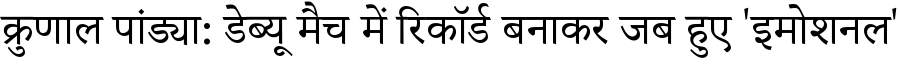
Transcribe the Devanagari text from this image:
क्रुणाल पांड्या: डेब्यू मैच में रिकॉर्ड बनाकर जब हुए 'इमोशनल'